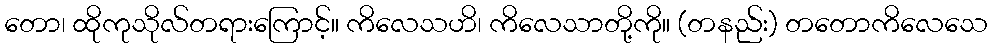
တော၊ ထိုကုသိုလ်တရားကြောင့်။ ကိလေသဟိ၊ ကိလေသာတို့ကို။ (တနည်း) တတောကိလေသေ